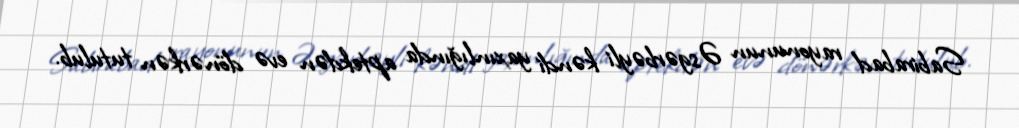
Sabirabad rayonunun Əsgərbəyli kəndi yaxınlığında aptekdən evə dönərkən tutulub.